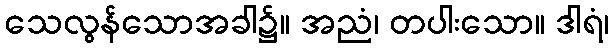
သေလွန်သောအခါ၌။ အညံ၊ တပါးသော။ ဒါရံ၊